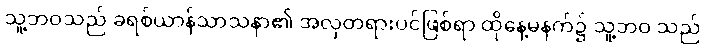
သူ့ဘဝသည် ခရစ်ယာန်သာသနာ၏ အလှတရားပင်ဖြစ်ရာ ထိုနေ့မနက်၌ သူ့ဘဝ သည်